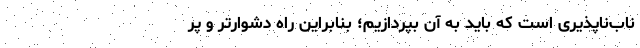
ناب‌ناپذیری است که باید به آن بپردازیم؛ بنابراین راه دشوارتر و پر